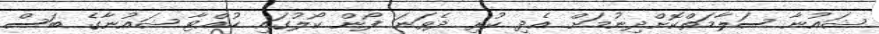
ޝައުނާ ސަލާމަތްކޮށްދިނުމަށް އެދި ކުރި ދެވަނަ ފޯން ކޯލުގައި ހުއްޓާ ޝައުނާގެ ބަސް